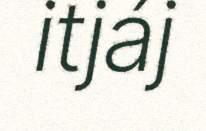
itjáj